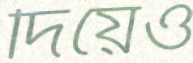
দিয়েও